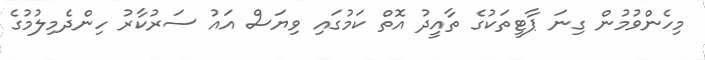
މިހެންވުމުން ގިނަ ޕާޓީތަކުގެ ތާއީދު އޮތް ކަމުގައި ވިޔަސް އައު ސަރުކާރު ހިންދެމިލުމުގެ